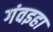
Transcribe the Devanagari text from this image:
गंवइहा